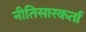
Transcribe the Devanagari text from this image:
नीतिसारकर्ता